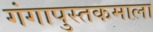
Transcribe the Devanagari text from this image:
गंगापुस्तकमाला